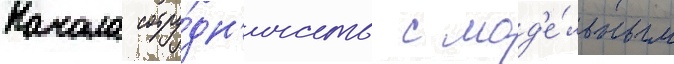
Начала сотру́дн'ичать с мод'е́льным